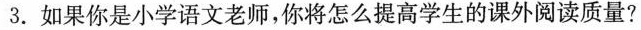
3. 如果你是小学语文老师，你将怎么提高学生的课外阅读质量?